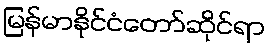
မြန်မာနိုင်ငံတော်ဆိုင်ရာ